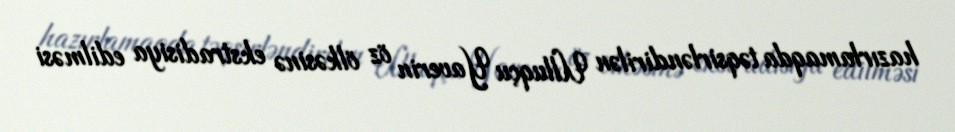
hazırlamaqda təqsirləndirilən Ulluqçu Yaverin öz ölkəsinə ekstradisiya edilməsi